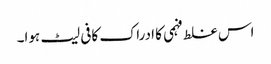
اس غلط فہمی کا ادراک کافی لیٹ ہوا۔